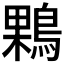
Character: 𪂠